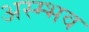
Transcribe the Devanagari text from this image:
अस्म्भव